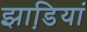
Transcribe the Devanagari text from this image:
झाडि़यां